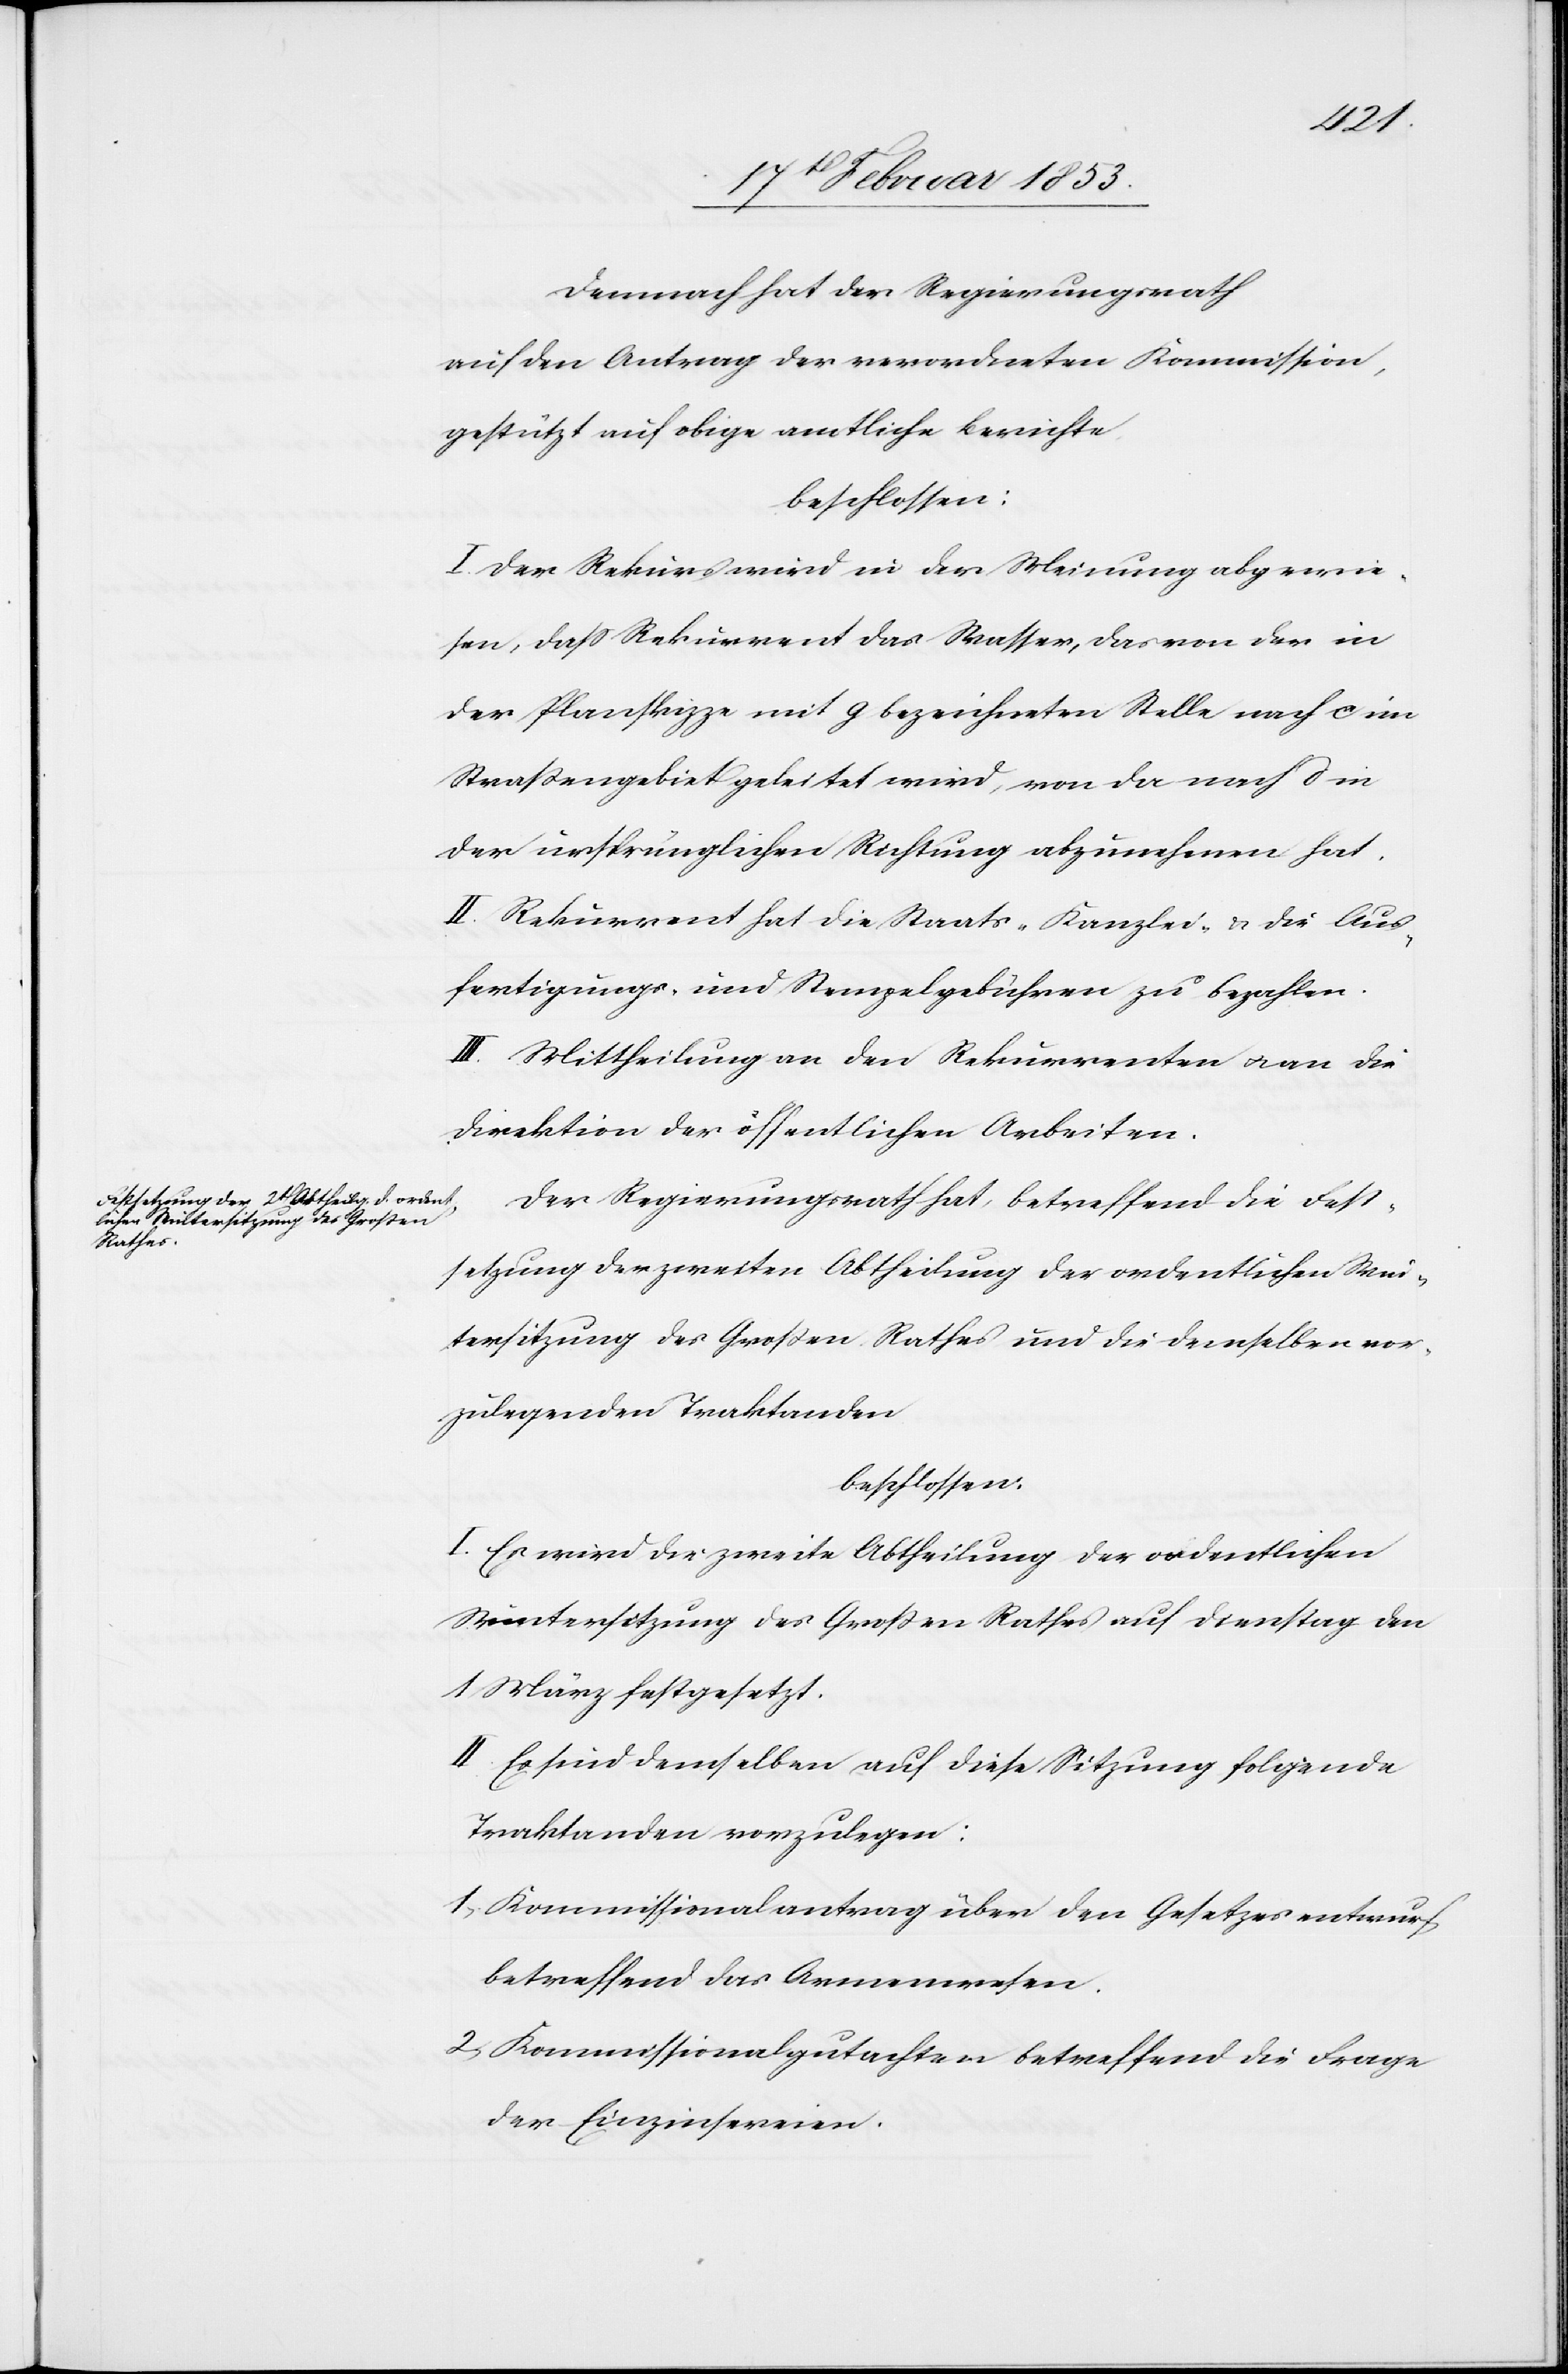
Demnach hat der Regierungsrath
auf den Antrag der verordneten Kommission,
gestützt auf obige amtliche Berichte,
beschlossen:
I. Der Rekurs wird in der Meinung abgewie¬
sen, daß Rekurrent das Wasser, das von der in
der Planskizze mit g bezeichneten Stelle nach c im
Straßengebiet geleitet wird, von da nach d in
der ursprünglichen Richtung abzunehmen hat.
II. Rekurrent hat die Staats-Kanzlei- u. die Aus¬
fertigungs- u. Stempelgebühren zu bezahlen.
III. Mittheilung an den Rekurrenten u. an die
Direktion der öffentlichen Arbeiten.
Der Regierungsrath hat, betreffend die Fest¬
setzung der zweiten Abtheilung der ordentlichen Win¬
tersitzung des Großen Rathes und die denselben vor¬
zulegenden Traktanden
beschlossen.
I. Es wird die zweite Abtheilung der ordentlichen
Wintersitzung des Großen Rathes auf Dienstag den
1 März festgesetzt.
II. Es sind demselben auf diese Sitzung folgende
Traktanden vorzulegen:
1, Kommissionalantrag über den Gesetzesentwurf
betreffend das Armenwesen.
2, Kommissionalgutachten betreffend die Frage
der Einzinsereien.